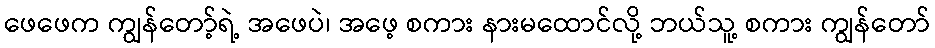
ဖေဖေက ကျွန်တော့်ရဲ့ အဖေပဲ၊ အဖေ့ စကား နားမထောင်လို့ ဘယ်သူ့ စကား ကျွန်တော်